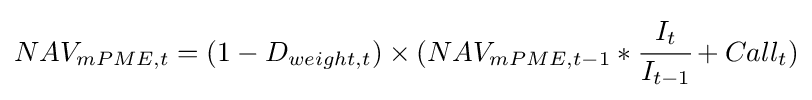
NAV_{mPME,t}=(1-D_{weight,t})\times (NAV_{mPME,t-1}*{\cfrac {I_{t}}{I_{t-1}}}+Call_{t})